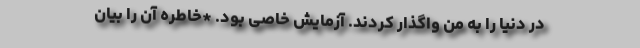
در دنیا را به من واگذار کردند. آزمایش خاصی بود. *خاطره آن را بیان